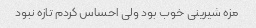
مزه شیرینی خوب بود ولی احساس کردم تازه نبود